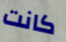
كانت